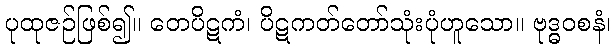
ပုထုဇဉ်ဖြစ်၍။ တေပိဋကံ၊ ပိဋကတ်တော်သုံးပုံဟူသော။ ဗုဒ္ဓဝစနံ၊